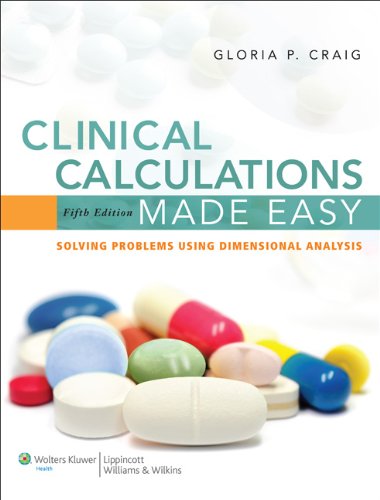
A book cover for Clinical Calculations Made Easy: Solving Problems Using Dimensional Analysis; Gloria P. Craig RN  MSN  EdD; Medical Books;